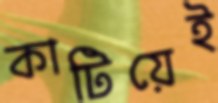
কাটিয়েই